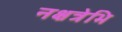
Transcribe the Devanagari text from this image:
नक्षत्रेभि